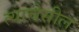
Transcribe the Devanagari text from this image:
त्याचेसील